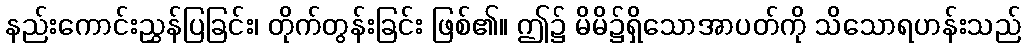
နည်းကောင်းညွှန်ပြခြင်း၊ တိုက်တွန်းခြင်း ဖြစ်၏။ ဤ၌ မိမိ၌ရှိသောအာပတ်ကို သိသောရဟန်းသည်